Papaver somniferum - Opium : an extract from the sixth volume of the Dictionary of Economic Products of India
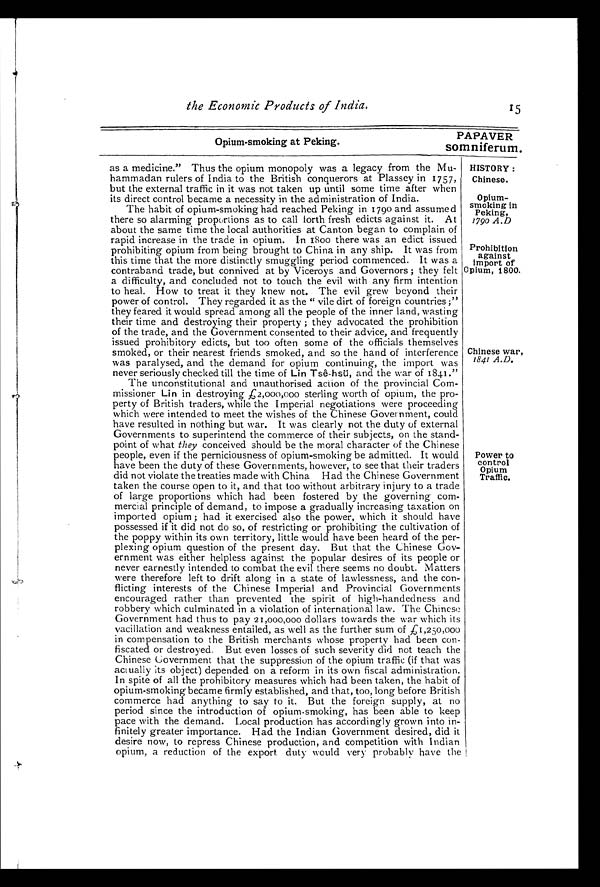
the Economic Products of India.
PAPAVER
Opium-smoking at Peking.
somniferum.
HISTORY:
Chinese.
Opium-
smoking in
Peking,
1790 A.D
Prohibition
against
import of
Opium, 1800.
Chinese war,
1841 A.D.
Power to
control
Opium
Traffic.
as a medicine." Thus the opium monopoly was a legacy from the Mu-
hammadan rulers of India to the British conquerors at Plassey in 1757,
but the external traffic in it was not taken up until some time after when
its direct control became a necessity in the administration of India.
The habit of opium-smoking had reached Peking in 1790 and assumed
there so alarming proportions as to call forth fresh edicts against it. At
about the same time the local authorities at Canton began to complain of
rapid increase in the trade in opium. In 1800 there was an edict issued
prohibiting opium from being brought to China in any ship. It was from
this time that the more distinctly smuggling period commenced. It was a
contraband trade, but connived at by Viceroys and Governors; they felt
a difficulty, and concluded not to touch the evil with any firm intention
to heal. How to treat it they knew not. The evil grew beyond their
power of control. They regarded it as the "vile dirt of foreign countries;"
they feared it would spread among all the people of the inner land, wasting
their time and destroying their property; they advocated the prohibition
of the trade, and the Government consented to their advice, and frequently
issued prohibitory edicts, but too often some of the officials themselves
smoked, or their nearest friends smoked, and so the hand of interference
was paralysed, and the demand for opium continuing, the import was
never seriously checked till the time of Lin Tsê-hsü, and the war of 1841."
The unconstitutional and unauthorised action of the provincial Com-
missioner Lin in destroying £ 2,000,000 sterling worth of opium, the pro-
perty of British traders, while the Imperial negotiations were proceeding
which were intended to meet the wishes of the Chinese Government, could
have resulted in nothing but war. It was clearly not the duty of external
Governments to superintend the commerce of their subjects, on the stand-
point of what they conceived should be the moral character of the Chinese
people, even if the perniciousness of opium-smoking be admitted. It would
have been the duty of these Governments, however, to see that their traders
did not violate the treaties made with China. Had the Chinese Government
taken the course open to it, and that too without arbitrary injury to a trade
of large proportions which had been fostered by the governing com-
mercial principle of demand, to impose a gradually increasing taxation on
imported opium; had it exercised also the power, which it should have
possessed if it did not do so, of restricting or prohibiting the cultivation of
the poppy within its own territory, little would have been heard of the per-
plexing opium question of the present day. But that the Chinese Gov-
ernment was either helpless against the popular desires of its people or
never earnestly intended to combat the evil there seems no doubt. Matters
were therefore left to drift along in a state of lawlessness, and the con-
flicting interests of the Chinese Imperial and Provincial Governments
encouraged rather than prevented the spirit of high-handedness and
robbery which culminated in a violation of international law. The Chinese
Government had thus to pay 21,000,000 dollars towards the war which its
vacillation and weakness entailed, as well as the further sum of £ 1 , 2 5 0 , 0 0 0
in compensation to the British merchants whose property had been con-
fiscated or destroyed. But even losses of such severity did not teach the
Chinese Government that the suppression of the opium traffic (if that was
actually its object) depended on a reform in its own fiscal administration.
In spite of all the prohibitory measures which had been taken, the habit of
opium-smoking became firmly established, and that, too, long before British
commerce had anything to say to it. But the foreign supply, at no
period since the introduction of opium-smoking, has been able to keep
pace with the demand. Local production has accordingly grown into in-
finitely greater importance. Had the Indian Government desired, did it
desire now, to repress Chinese production, and competition with Indian
opium, a reduction of the export duty would very probably have the